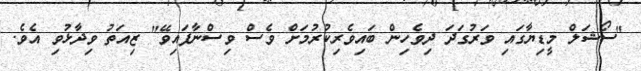
"ސޯޝަލް މީޑިޔާގައި ވަރުގަދަ ދިވެހިން ބައިވެރިކުރުމަށް ވެސް ވިސްނާފައިވޭ" ޒިއަތު ވިދާޅުވި އެވެ.